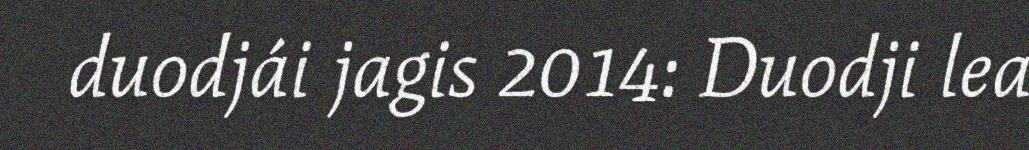
duodjái jagis 2014: Duodji lea